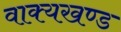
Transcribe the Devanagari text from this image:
वाक्यखण्ड